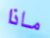
ماذا